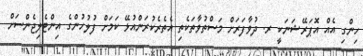
ހިންގި އެއް އޮޕަރޭޝަނަކީ ރ. ދުވާފަރަށް މަސްތުވާތަކެތި އެތެރެކުރަންއުޅޭ ކަމަށް ފުލުހުންގެ އިންޓެލިޖެންސަށް